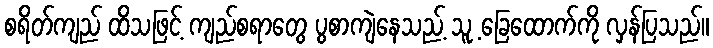
စရိတ်ကျည် ထိသဖြင့် ကျည်စရာတွေ ပွစာကျဲနေသည့် သူ့ ခြေထောက်ကို လှန်ပြသည်။